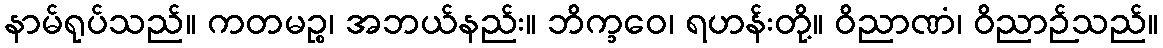
နာမ်ရုပ်သည်။ ကတမဉ္စ၊ အဘယ်နည်း။ ဘိက္ခဝေ၊ ရဟန်းတို့။ ဝိညာဏံ၊ ဝိညာဉ်သည်။